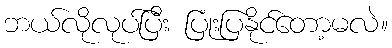
ဘယ်လိုလုပ်ပြီး ပြုံးပြနိုင်တော့မလဲ။